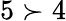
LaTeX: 5\succ 4